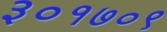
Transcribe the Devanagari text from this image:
३०१७०९